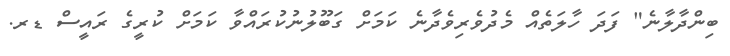
ބިންދާލާނެ" ފަދަ ހާލަތެއް މެދުވެރިވެދާނެ ކަމަށް ގަބޫލުނުކުރައްވާ ކަމަށް ކުރީގެ ރައީސް ޑރ.